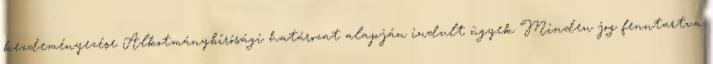
kezdeményezése Alkotmánybírósági határozat alapján indult ügyek Minden jog fenntartva